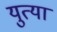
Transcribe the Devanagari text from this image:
युत्या